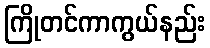
ကြိုတင်ကာကွယ်နည်း